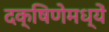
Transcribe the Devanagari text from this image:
दक्षिणेमध्यें